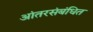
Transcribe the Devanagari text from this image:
आंतरसंबंधित